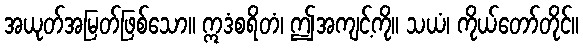
အယုတ်အမြတ်ဖြစ်သော။ ဣဒံစရိတံ၊ ဤအကျင့်ကို။ သယံ၊ ကိုယ်တော်တိုင်။